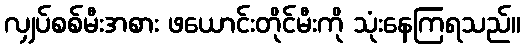
လျှပ်စစ်မီးအစား ဖယောင်းတိုင်မီးကို သုံးနေကြရသည်။